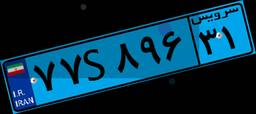
۳۴S۳۲۶۶۶